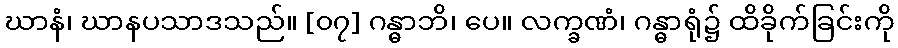
ဃာနံ၊ ဃာနပသာဒသည်။ [၀၇] ဂန္ဓာဘိ၊ ပေ။ လက္ခဏံ၊ ဂန္ဓာရုံ၌ ထိခိုက်ခြင်းကို